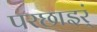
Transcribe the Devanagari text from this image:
परछाइर्ं